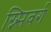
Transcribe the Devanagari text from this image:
ग्न्सिवर्ग